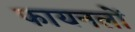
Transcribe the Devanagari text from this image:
फायनलों